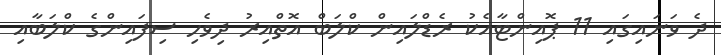
ދެ ވަނައިގައި 11 ޕޮއިންޓާއެކު ރެޑްލައިން ކްލަބް އޮތްއިރު ދިވެހި ސިފައިންގެ ކްލަބާއި